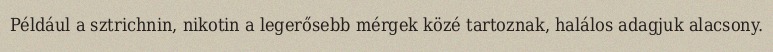
Például a sztrichnin, nikotin a legerősebb mérgek közé tartoznak, halálos adagjuk alacsony.